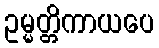
ဥမ္မတ္တိကာယပေ